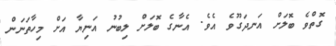
ގޮތްވެ ބޮލަށް އަނދަގޫވެ އެވެ. އެނާގެ ބޮލަށް ލިބުނު އަނިޔާ އަށް މިހާތަނަން